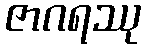
ဇာဂရဿု